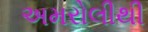
અમરોલીથી